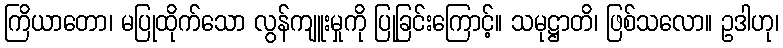
ကြိယာတော၊ မပြုထိုက်သော လွန်ကျူးမှုကို ပြုခြင်းကြောင့်။ သမုဋ္ဌာတိ၊ ဖြစ်သလော။ ဥဒါဟု၊